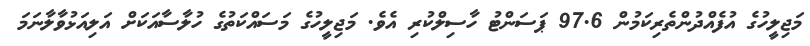
މަޖިލީހުގެ އުފެއްދުންތެރިކަމުން 97.6 ޕަސަންޓު ހާސިލްކުރި އެވެ. މަޖިލީހުގެ މަސަައްކަތުގެ ހުލާސާއަކަށް އަލިއަޅުވާލާނަމަ